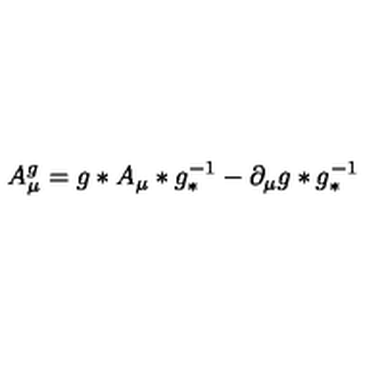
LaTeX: A _ { \mu } ^ { g } = g \ast A _ { \mu } \ast g _ { \ast } ^ { - 1 } - \partial _ { \mu } g \ast g _ { \ast } ^ { - 1 }